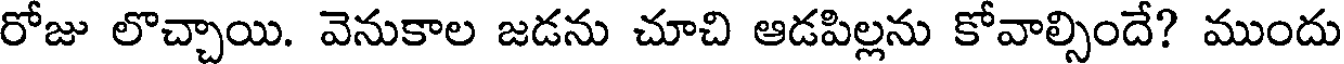
రోజు లొచ్చాయి. వెనుకాల జడను చూచి ఆడపిల్లను కోవాల్సిందే? ముందు